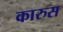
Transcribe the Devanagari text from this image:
कारुस